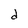
Character: d